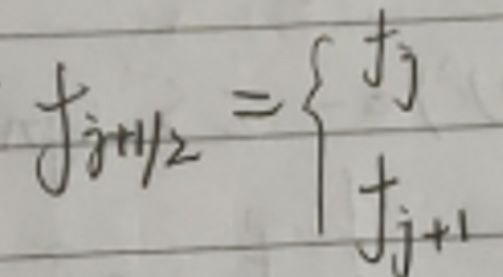
\[
f_{j + 1/2}=\begin{cases}
t_j\\
t_{j + 1}
\end{cases}
\]